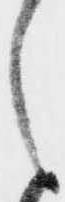
之